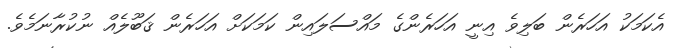
އެކަމަކު އަހަރެން ބަލިވެ އިނީ އަހަރެންގެ މައްސަލައިން ކަމަކަށް އަހަރެން ޤަބޫލެއް ނުކުރާނަމެވެ.